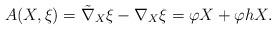
LaTeX: \begin{align*}A(X,\xi)=\tilde{\nabla}_X\xi-\nabla_X\xi=\varphi X+\varphi hX.\end{align*}